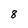
Character: 8